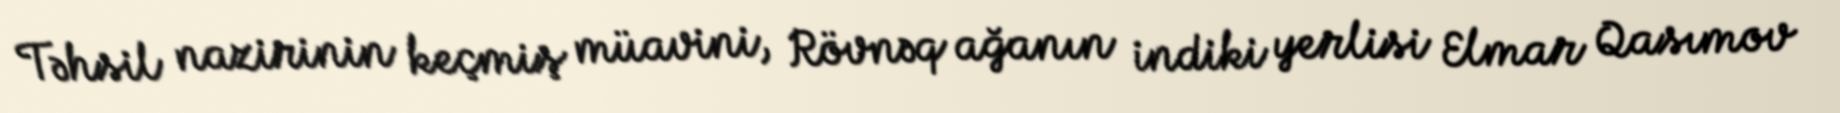
Təhsil nazirinin keçmiş müavini, Rövnəq ağanın indiki yerlisi Elmar Qasımov